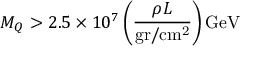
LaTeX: M _ { Q } > 2 . 5 \times 1 0 ^ { 7 } \left( \frac { \rho L } { \mathrm { g r / c m ^ { 2 } } } \right) \mathrm { G e V }